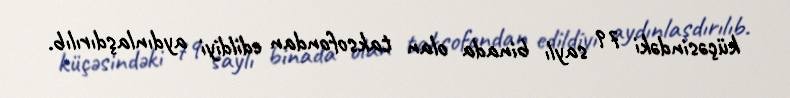
küçəsindəki 79 saylı binada olan taksofondan edildiyi aydınlaşdırılıb.